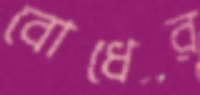
বোধের